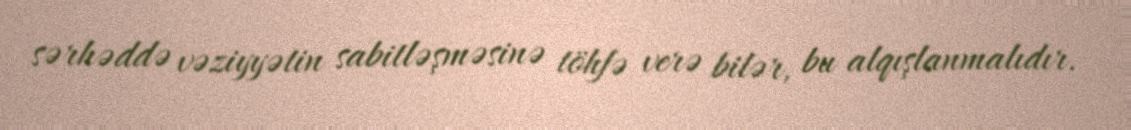
sərhəddə vəziyyətin sabitləşməsinə töhfə verə bilər, bu alqışlanmalıdır.